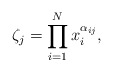
\begin{align*}\zeta_j = \prod_{i=1}^N x_i^{\alpha_{ij}},\end{align*}